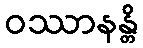
ဝဿာနန္တိ